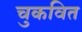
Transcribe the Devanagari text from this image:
चुकवित